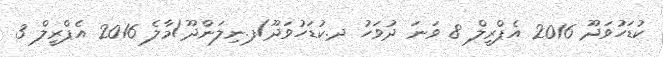
ކުޑަހުވަދޫ 2016 އެޕްރީލް 8 ވަނަ ދުވަހު ދ.ކުޑަހުވަދޫ/ފ.ނިލަންދޫ/މާލެ 2016 އެޕްރީލް 3